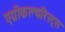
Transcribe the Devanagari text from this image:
एग्रीकल्चरिस्ट्स